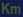
Km